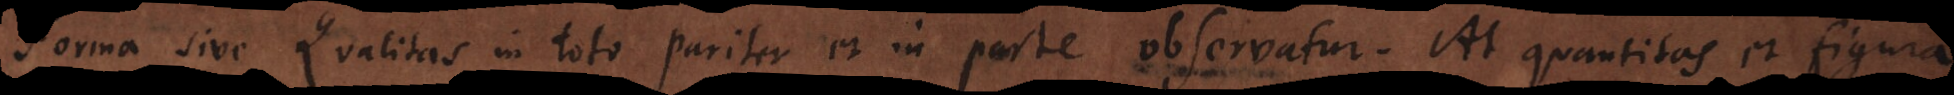
orma sive qualitas in toto pariter et in parte observatur. At quantitas et figura